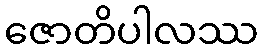
ဇောတိပါလဿ